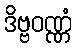
ဒိဗ္ဗဝဏ္ဏံ